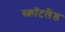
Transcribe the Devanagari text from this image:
स्क़ॉटलैंड